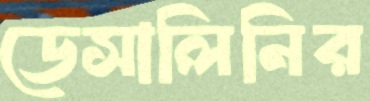
ডেসালিনির